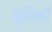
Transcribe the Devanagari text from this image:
पूंजियों